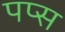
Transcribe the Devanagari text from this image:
पप्स